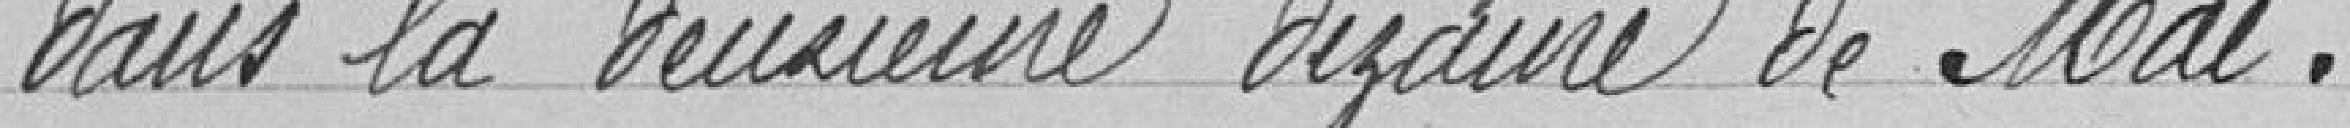
dans la deuxième dizaine de mai.